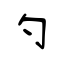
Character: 勺